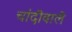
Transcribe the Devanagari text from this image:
चांदीवाले